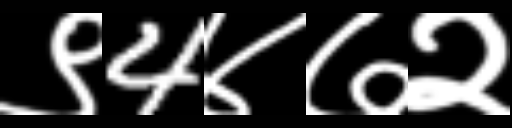
Text: ९4४७२